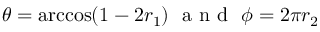
\theta = \operatorname { a r c c o s } ( 1 - 2 r _ { 1 } ) \, \, \textup { a n d } \, \, \phi = 2 \pi r _ { 2 }